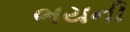
ભયની